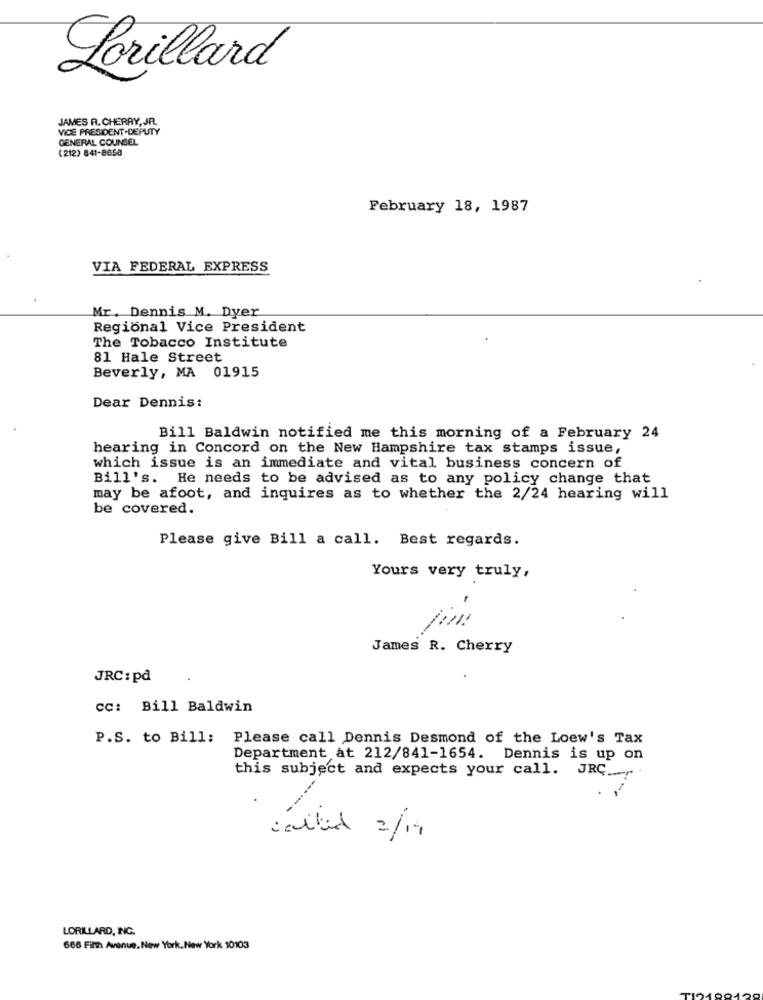
Lorillard
JAMES R. CHERRY, JR.
VICE PRESIDENT .DEPUTY
GENERAL COUNSEL
(212) 841-8658
February 18, 1987
VIA FEDERAL EXPRESS
Mr. Dennis M. Dyer
Regional Vice President
The Tobacco Institute
81 Hale Street
Beverly, MA 01915
Dear Dennis:
Bill Baldwin notified me this morning of a February 24
hearing in Concord on the New Hampshire tax stamps issue,
which issue is an immediate and vital business concern of
Bill's. He needs to be advised as to any policy change that
may be afoot, and inquires as to whether the 2/24 hearing will
be covered.
Please give Bill a call. Best regards.
Yours very truly,
- 3
James R. Cherry
JRC: på
Cc: Bill Baldwin
P.S. to Bill: Please call Dennis Desmond of the Loew's Tax
Department at 212/841-1654. Dennis is up on
this subject and expects your call. JRC _.
called 2/19
LORILLARD, INC.
668 Fifth Avenue, New York, New York 10103